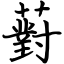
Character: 薱